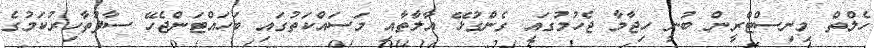
ހެލްތް މިނިސްޓްރީން ބުނީ ހިޖާމާ ޖެހުމުގައި ގެންގުޅޭ އާލާތާއި މަސައްކަތުގައި ބަހައްޓަންޖެހޭ ސާފުތާހިރުކަމުގެ